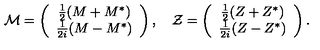
{ \mathcal M } = \left( \begin{array} { c } { \frac 1 2 ( M + M ^ { * } ) } \\ { \frac 1 { 2 i } ( M - M ^ { * } ) } \\ \end{array} \right) , \quad { \mathcal Z } = \left( \begin{array} { c } { \frac 1 2 ( Z + Z ^ { * } ) } \\ { \frac 1 { 2 i } ( Z - Z ^ { * } ) } \\ \end{array} \right) .